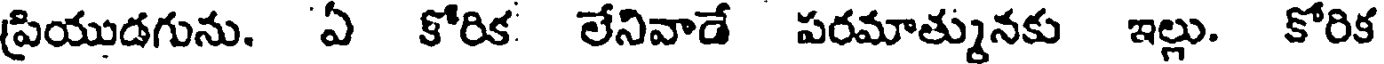
ప్రియుడగును. ఏ కోరిక లేనివాడే పరమాత్మునకు ఇల్లు. కోరిక